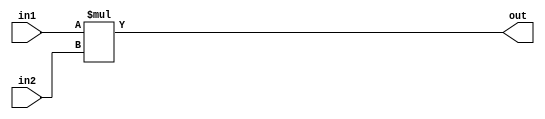
`timescale 1ns / 1ps
//////////////////////////////////////////////////////////////////////////////////
// Company: 
// Engineer: 
// 
// Design Name: 
// Module Name: HW4_1B_mult_Nagelvoort_Ethan
// Project Name: 
// Target Devices: 
// Tool Versions: 
// Description: 
// 
// Dependencies: 
// 
// Revision:
// Revision 0.01 - File Created
// Additional Comments:
// 
//////////////////////////////////////////////////////////////////////////////////
module HW4_1B_mult_Nagelvoort_Ethan #(parameter WLin1 = 2, WLin2 = 2,
 WLout = WLin1 + WLin2)
 (input signed [WLin1 - 1 : 0] in1,
 input signed [WLin2 - 1 : 0] in2,
 output signed [WLout - 1 : 0] out);
 assign out = in1 * in2;//output is the product of the two inputs
endmodule